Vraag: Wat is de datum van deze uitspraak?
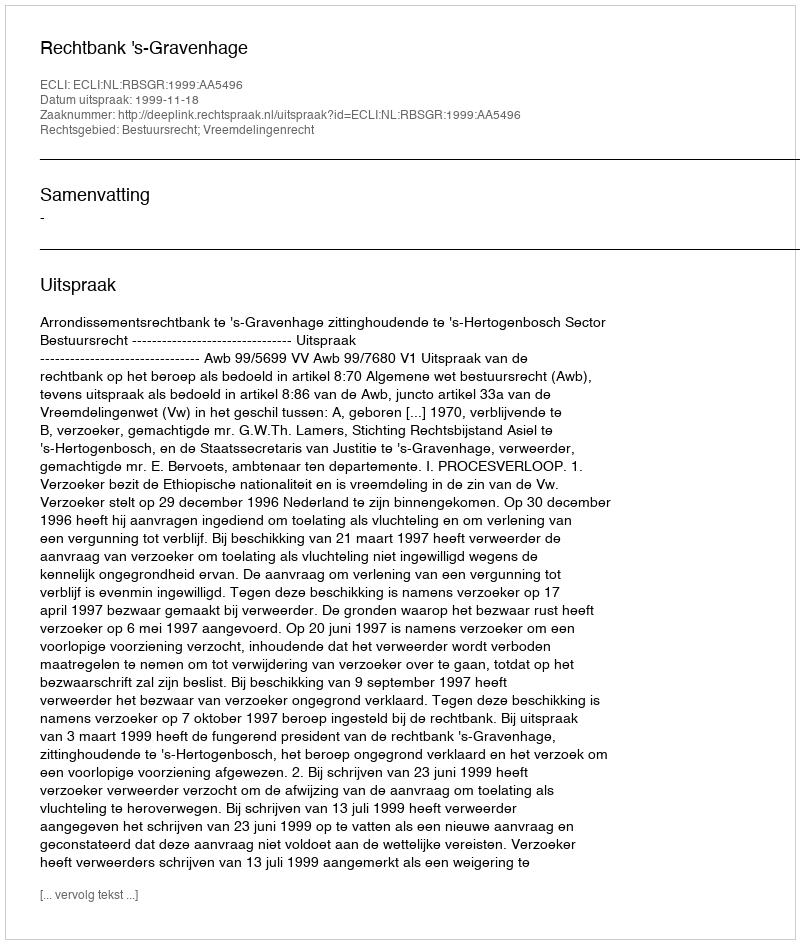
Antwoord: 1999-11-18